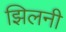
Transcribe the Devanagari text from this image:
झिलनी